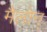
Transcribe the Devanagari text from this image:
मैलोन्